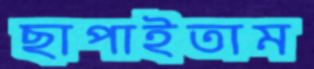
ছাপাইতাম